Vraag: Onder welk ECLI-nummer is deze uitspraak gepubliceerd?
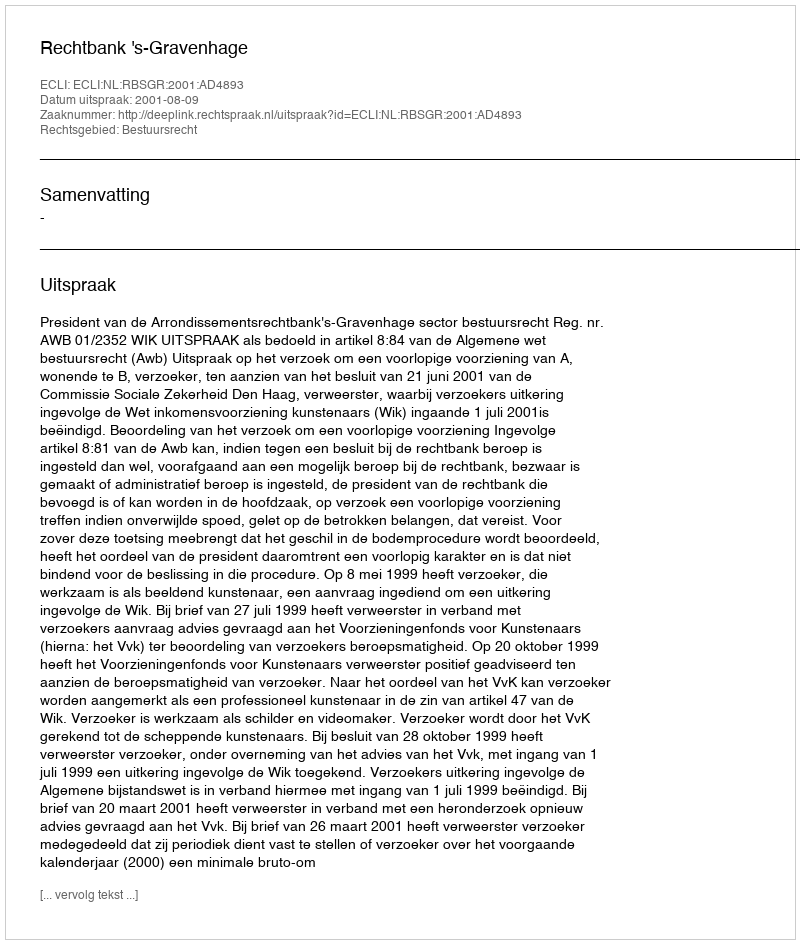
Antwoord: ECLI:NL:RBSGR:2001:AD4893